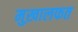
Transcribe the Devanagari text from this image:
मुख़ालफत